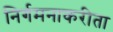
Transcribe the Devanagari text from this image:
निर्गमनाकरीता